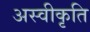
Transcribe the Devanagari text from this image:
अस्‍वीकृति